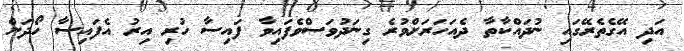
އަދި އޭގެތެރޭގައި ނުދައްކާތާ ދެއަހަރަށްވުރެ ގިނަދުވަސްވެފައިވާ ފައިސާ ހުރި އިރު އެފައިސާ ހޯދަން